Report of the Indian Hemp Drugs Commission, 1894-1895 - Volume VI
Year: 1894
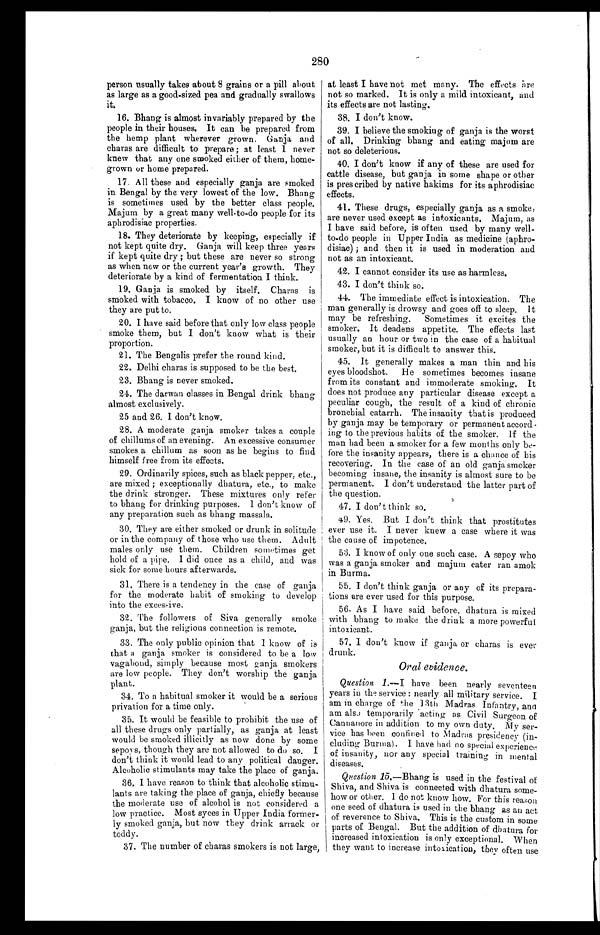
280
person usually takes about 8 grains or a pill about
as large as a good-sized pea and gradually swallows
it.
16. Bhang is almost invariably prepared by the
people in their houses. It can be prepared from
the hemp plant wherever grown. Ganja and
charas are difficult to prepare ; at least I never
knew that any one smoked either of them, home-
- g r o w n o r h o m e p r e p a r e d .
17. All these and especially ganja are smoked
in Bengal by the very lowest of the low. Bhang
is sometimes used by the better class people.
Majum by a great many well-to-do people for its
aphrodisiac properties.
18. They deteriorate by keeping, especially if
not kept quite dry. Ganja will keep three years
if kept quite dry ; but these are never so strong
as when new or the current year’s growth. They
deteriorate by a kind of fermentation I think.
19. Ganja is smoked by itself. Charas is
smoked with tobacco. I know of no other use
they are put to.
20. I have said before that only low class people
smoke them, but I don't know what is their
proportion.
21. The Bengalis prefer the round kind.
22. Delhi charas is supposed to be the best.
23. Bhang is never smoked.
24. The darwan classes in Bengal drink bhang
almost exclusively.
25 and 26. I don’t know.
28. A moderate ganja smoker takes a couple
of chillums of an evening. An excessive consumer
smokes a chillum as soon as he begins to find
himself free from its effects.
29. Ordinarily spices, such as black pepper, etc.,
are mixed ; exceptionally dhatura, etc., to make
the drink stronger. These mixtures only refer
to bhang for drinking purposes. I don’t know of
any preparation such as bhang massala.
30. They are either smoked or drunk in solitude
or in the company of those who use them. Adult
males only use them. Children sometimes get
hold of a pipe. I did once as a child, and was
sick for some hours afterwards.
31. There is a tendency in the case of ganja
for the moderate habit of smoking to develop
into the excessive.
32. The followers of Siva generally smoke
ganja, but the religious connection is remote.
33. The only public opinion that I know of is
that a ganja smoker is considered to be a low
vagabond, simply because most ganja smokers
are low people. They don’t worship the ganja
plant.
34. To a habitual smoker it would be a serious
privation for a time only.
35. It would be feasible to prohibit the use of
all these drugs only partially, as ganja at least
would be smoked illicitly as now done by some
sepovs, though they are not allowed to do so. I
don’t think it would lead to any political danger.
Alcoholic stimulants may take the place of ganja.
36. I have reason to think that alcoholic stimu-
lants are taking the place of ganja, chiefly because
the moderate use of alcohol is not considered a
low practice. Most syces in Upper India former-
- l y s m o k e d g a n j a , b u t n o w t h e y d r i n k a r r a c k o r
toddy.
3 7 . T h e n u m b e r o f c h a r a s s m o k e r s i s n o t l a r g e ,
at least I have not met many. The effects are
not so marked. It is only a mild intoxicant, and
its effects are not lasting.
38. I don't know.
39. I believe the smoking of ganja is the worst
of all. Drinking bhang and eating majum are
not so deleterious.
40. I don't know if any of these are used for
cattle disease, but ganja in some shape or other
is pies cribed by native hakims for its aphrodisiac
effects.
41. These drugs, especially ganja as a smoke,
are never used except as intoxicants. Majum, as
I have said before, is often used by many well-
to-do people in Upper India as medicine (aphro--
disiac) ; and then it is used in moderation and
not as an intoxicant.
42. I cannot consider its use as harmless.
4. 3. I don't think so.
44. The immediate effect is intoxication. The
man generally is drowsy and goes off to sleep. It
may be refreshing. Sometimes it excites the
smoker. It deadens appetite. The effects last
usually an hour or two in the case of a habitual
smoker, but it is difficult to answer this.
45. It generally makes a man thin and his
eyes bloodshot. He sometimes becomes insane
from its constant and immoderate smoking. It
does not produce any particular disease except a
peculiar cough, the result of a kind of chronic
bronchial catarrh. The insanity that is produced
by ganja may be temporary or permanent accord.
ing to the previous habits of the smoker. If the
man had been a smoker for a few months only be-
fore the insanity appears, there is a chance of his
recovering. In the case of an old ganja, smoker
becoming insane, the insanity is almost sure to be
permanent. I don't understand the latter part of
the question.
47. I don't think so.
4 9 . Y e s . B u t I d o n ' t t h i n k t h a t p r o s t i t u t e s
ever use it. I never knew a case where it was
the cause of impotence.
53. I know of only one such case. A sepoy who
was a ganja smoker and majum eater ran amok
in Burma.
55. I don't think ganja or any of its prepara-
tions are ever used for this purpose.
56. As I have said before, dhatura is mixed
with bhang to make the drink a more powerful
intoxicant.
57. I don't know if ganja or charas is ever
drunk.
Oral evidence.
Question 1.— I have been nearly seventeen
years in the service : nearly all military service. I
am in charge of the 13th Madras Infantry, and
am also temporarily acting as Civil Surgeon of
Cannanore in addition to my own duty. My ser-
-vice has been confined to Madras presidency (in-
- c l u d i n g B u r m a ) . I h a v e h a d n o s p e c i a l e x p e r i e n c e
I of insanity, nor any special training in mental
diseases.
Question 15.— Bhang is used in the festival of
Shiva, and Shiva is connected with dhatura some-
how or other. 1 do not know how. For this reason
one seed of dhatura is used in the bhang as an act
of reverence to Shiva. This is the custom in some
parts of Bengal. But the addition of dhatura for
increased intoxication is only exceptional. When
they want to increase intoxication, they often use